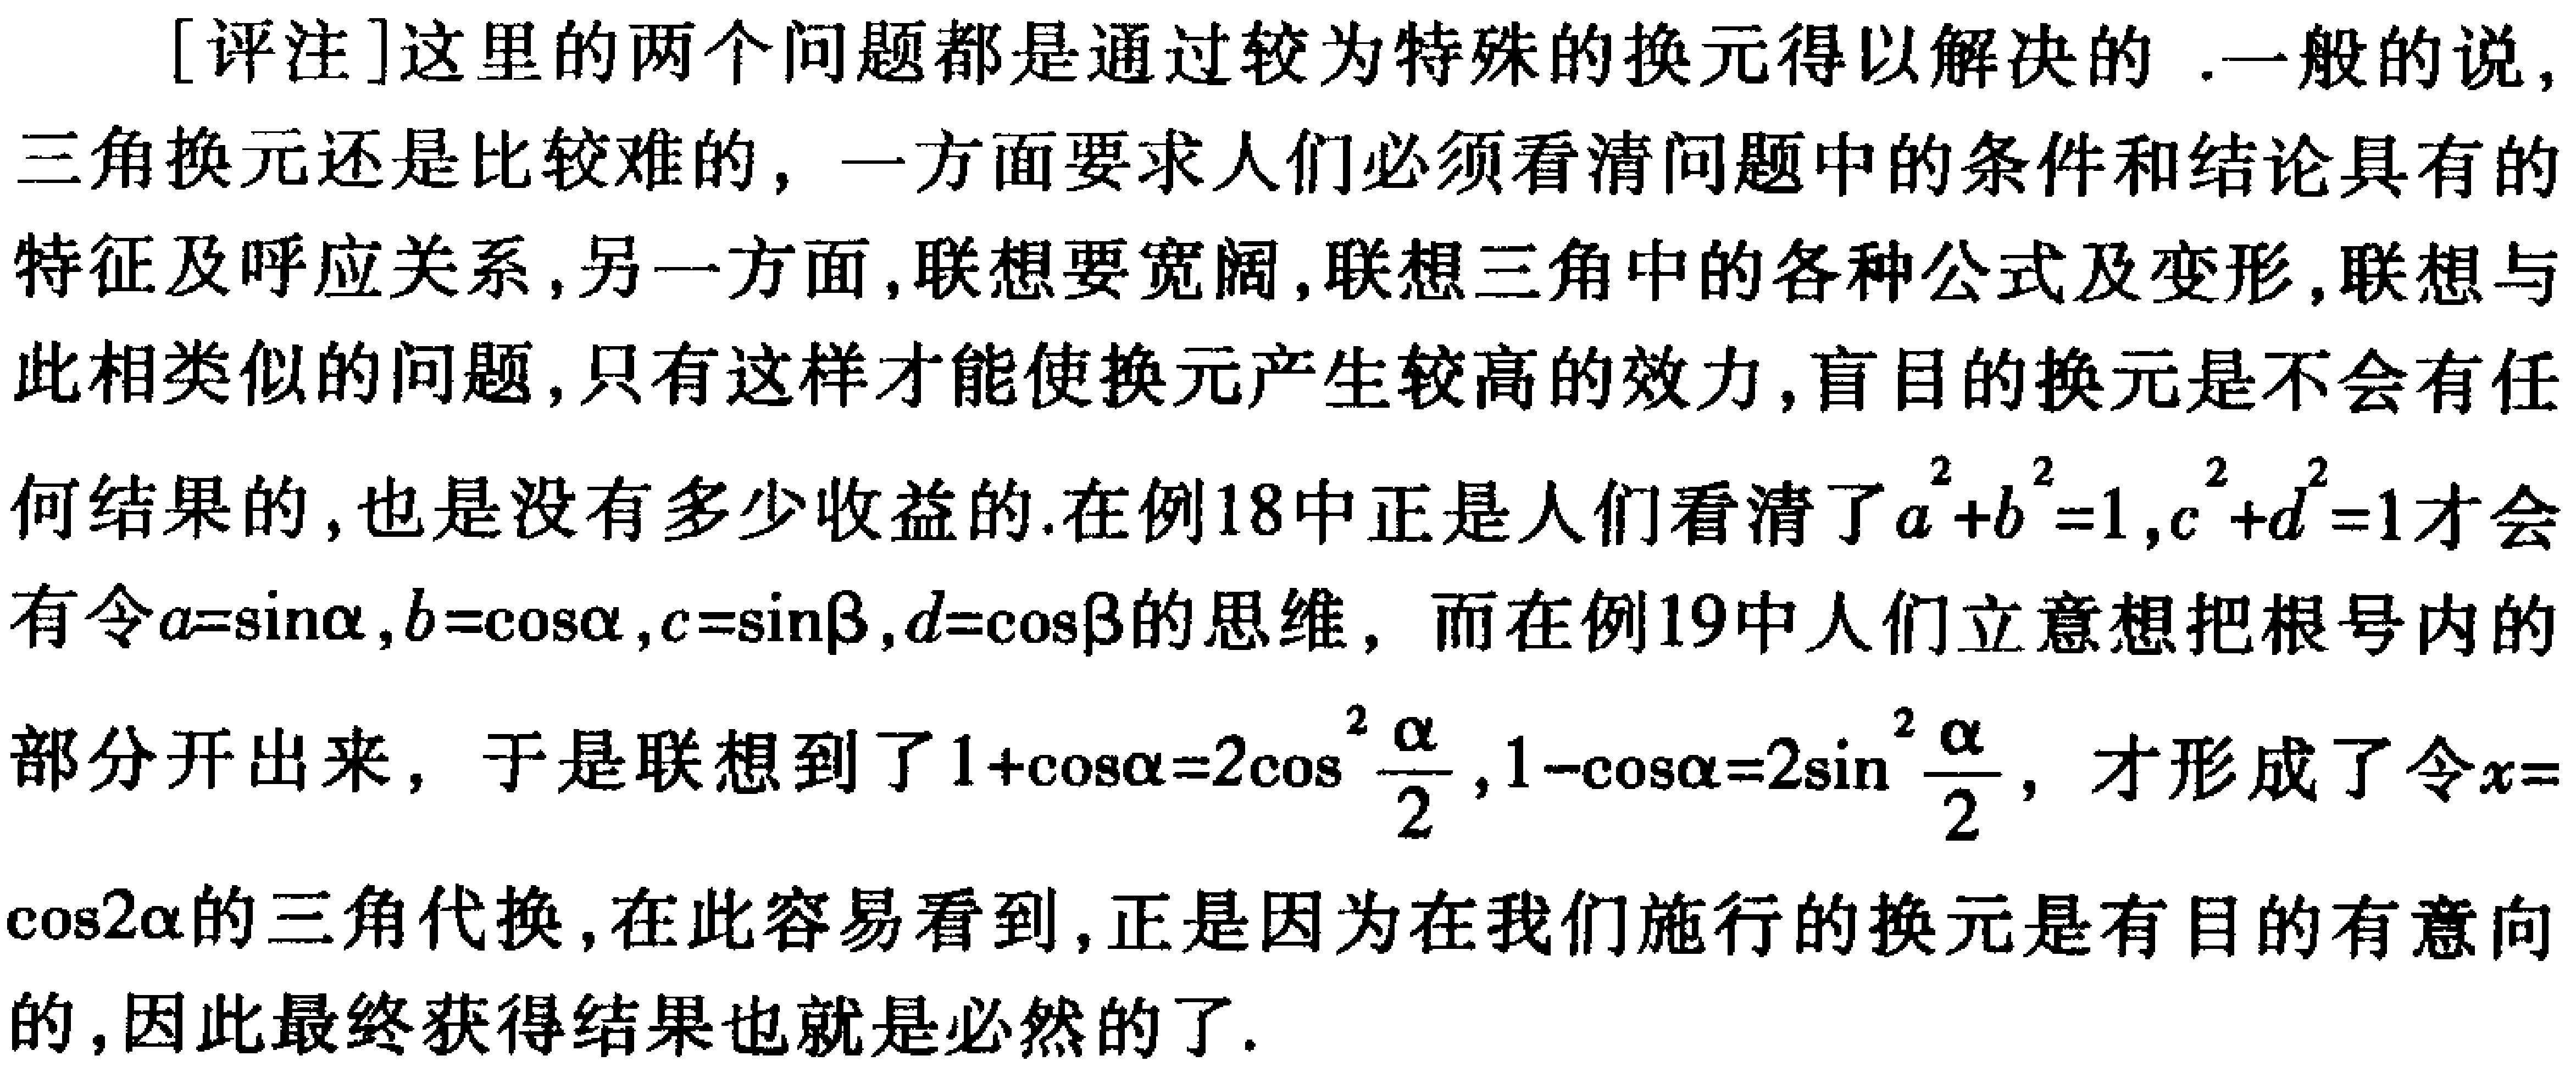
[评注]这里的两个问题都是通过较为特殊的换元得以解决的 .一般的说，三角换元还是比较难的，一方面要求人们必须看清问题中的条件和结论具有的特征及呼应关系,另一方面,联想要宽阔,联想三角中的各种公式及变形,联想与此相类似的问题,只有这样才能使换元产生较高的效力,盲目的换元是不会有任何结果的,也是没有多少收益的.在例18中正是人们看清了\(a^{2}+b^{2}=1,c^{2}+d^{2}=1\)才会有令\(a = \sin\alpha,b = \cos\alpha,c = \sin\beta,d = \cos\beta\)的思维，而在例19中人们立意想把根号内的部分开出来，于是联想到了\(1 + \cos\alpha=2\cos^{2}\frac{\alpha}{2},1 - \cos\alpha=2\sin^{2}\frac{\alpha}{2}\)，才形成了令\(x = \cos2\alpha\)的三角代换,在此容易看到,正是因为在我们施行的换元是有目的有意向的,因此最终获得结果也就是必然的了.